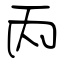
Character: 丙